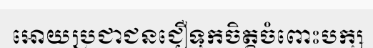
អោយប្រជាជនជឿទុកចិត្តចំពោះបក្ស